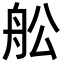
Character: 舩